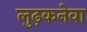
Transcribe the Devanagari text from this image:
लुढ़कनेवा